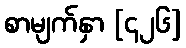
စာမျက်နှာ [၄၂၆]